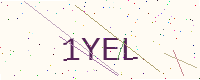
Text: 1YEL